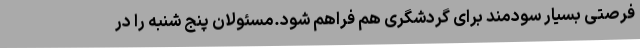
فرصتی بسیار سودمند برای گردشگری هم فراهم شود.مسئولان پنج شنبه را در